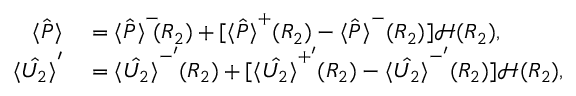
\begin{array} { r l } { \hat { \langle P \rangle } } & { { } = \hat { \langle P \rangle } ^ { - } \! \! ( R _ { 2 } ) + [ \hat { \langle P \rangle } ^ { + } ( R _ { 2 } ) - \hat { \langle P \rangle } ^ { - } ( R _ { 2 } ) ] \mathcal { H } ( R _ { 2 } ) , } \\ { \hat { \langle U _ { 2 } \rangle } ^ { \prime } } & { { } = \hat { \langle U _ { 2 } \rangle } ^ { - ^ { \prime } } ( R _ { 2 } ) + [ \hat { \langle U _ { 2 } \rangle } ^ { + ^ { \prime } } ( R _ { 2 } ) - \hat { \langle U _ { 2 } \rangle } ^ { - ^ { \prime } } ( R _ { 2 } ) ] \mathcal { H } ( R _ { 2 } ) , } \end{array}